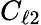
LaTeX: C_{\ell 2}